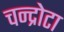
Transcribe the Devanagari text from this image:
चन्द्रोटा